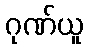
ဂုဏ်ယူ